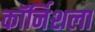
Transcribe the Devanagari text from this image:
कॉर्निशला